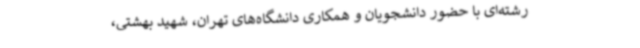
رشته‌ای با حضور دانشجویان و همکاری دانشگاه‌های تهران، شهید بهشتی،